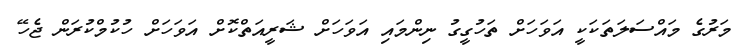
މަރުގެ މައްސަލަތަކަކީ އަވަހަށް ތަހުގީގު ނިންމައި އަވަހަށް ޝަރީއަތްކޮށް އަވަހަށް ހުކުމްކުރަން ޖެހޭ